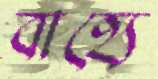
বাহ্যে